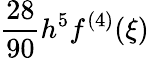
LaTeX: {\frac{28}{90}}h^{5}f^{(4)}(\xi)